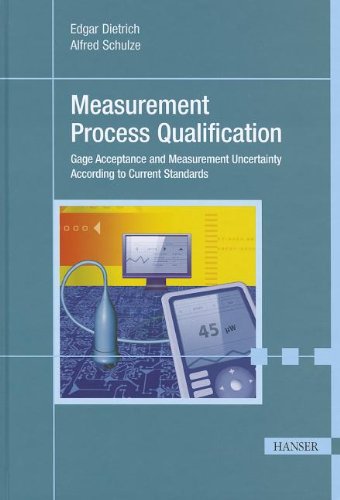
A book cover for Measurement Process Qualification: Gage Acceptance and Measurment Uncertainty According to Current Standards; Edgar Dietrich; Science & Math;